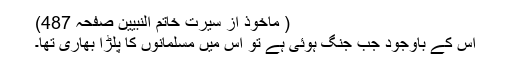
( ماخوذ از سیرت خاتم النبیینؐ صفحہ 487)
اس کے باوجود جب جنگ ہوئی ہے تو اس میں مسلمانوں کا پلڑا بھاری تھا۔